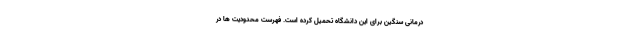
درمانی سنگین برای این دانشگاه تحمیل کرده است. فهرست محدودیت ها در